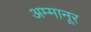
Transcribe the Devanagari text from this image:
अम्मानूर